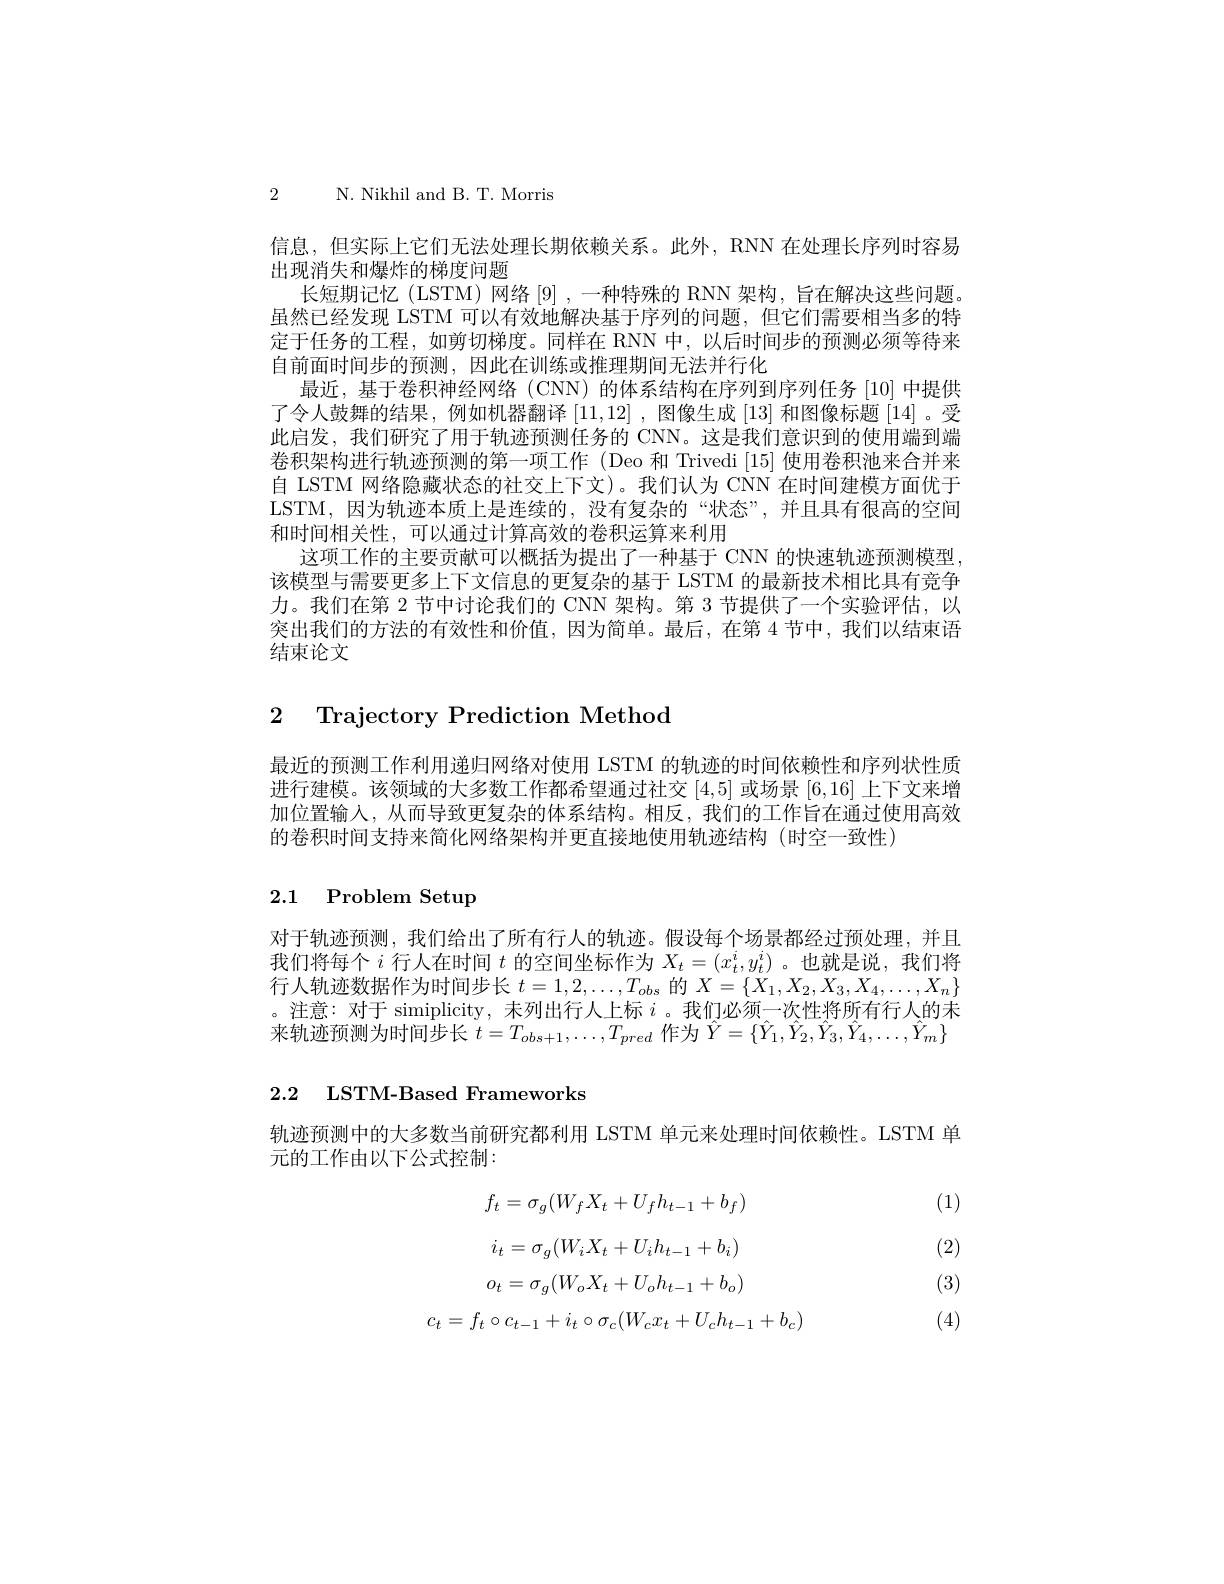
2 N. Nikhil and B. T. Morris

信息，但实际上它们无法处理长期依赖关系。此外，RNN 在处理长序列时容易
出现消失和爆炸的梯度问题
长短期记忆(LSTM)网络[9],一种特殊的 RNN 架构，旨在解决这些问题虽然已经发现 LSTM 可以有效地解决基于序列的问题，但它们需要相当多的特定于任务的工程，如剪切梯度。同样在 RNN 中，以后时间步的预测必须等待来自前面时间步的预测，因此在训练或推理期间无法并行化
最近，基于卷积神经网络(CNN)的体系结构在序列到序列任务[10]中提供了令人鼓舞的结果，例如机器翻译[11,12] ,图像生成[13]和图像标题[14] 。受此启发，我们研究了用于轨迹预测任务的 CNN。这是我们意识到的使用端到端卷积架构进行轨迹预测的第一项工作 (Deo 和 Trivedi[15] 使用卷积池来合并来自 LSTM 网络隐藏状态的社交上下文)。我们认为 CNN 在时间建模方面优于LSTM,因为轨迹本质上是连续的，没有复杂的“状态”,并且具有很高的空间和时间相关性，可以通过计算高效的卷积运算来利用
这项工作的主要贡献可以概括为提出了一种基于 CNN 的快速轨迹预测模型， 该模型与需要更多上下文信息的更复杂的基于 LSTM 的最新技术相比具有竞争力。我们在第 2 节中讨论我们的 CNN 架构。第 3 节提供了一个实验评估，以突出我们的方法的有效性和价值，因为简单。最后，在第 4 节中，我们以结束语结束论文

## 2 Trajectory Prediction Method

最近的预测工作利用递归网络对使用 LSTM 的轨迹的时间依赖性和序列状性质进行建模。该领域的大多数工作都希望通过社交[4,5]或场景[6,16]上下文来增加位置输入，从而导致更复杂的体系结构。相反，我们的工作旨在通过使用高效的卷积时间支持来简化网络架构并更直接地使用轨迹结构(时空一致性)

## 2.1 Problem Setup

对于轨迹预测，我们给出了所有行人的轨迹。假设每个场景都经过预处理，并且我们将每个$i$行人在时间$t$的空间坐标作为$X_t=(x_t^i,y_t^i)$ 。也就是说，我们将行人轨迹数据作为时间步长$t=1,2,\ldots,T_obs$的$X=\{X_1,X_2,X_3,X_4,\ldots,X_n\}$ 。注意：对于 simiplicity, 未列出行人上标$i$ 。我们必须一次性将所有行人的未来轨迹预测为时间步长$t=T_obs+1,\ldots,T_{pred}$作为$\hat{Y}=\{\hat{Y}_1,\hat{Y}_2,\hat{Y}_3,\hat{Y}_4,\ldots,\hat{Y}_m\}$

# 2.2 LSTM-Based Frameworks

轨迹预测中的大多数当前研究都利用 LSTM 单元来处理时间依赖性。LSTM 单
元的工作由以下公式控制：

(1)

(2)
$$f_t=\sigma_g(W_fX_t+U_fh_{t-1}+b_f)$$
$$i_t=\sigma_g(W_iX_t+U_ih_{t-1}+b_i)$$
$$o_t=\sigma_g(W_oX_t+U_oh_{t-1}+b_o)$$
$$c_t=f_t\circ c_{t-1}+i_t\circ\sigma_c(W_cx_t+U_ch_{t-1}+b_c)$$
(3)

(4)